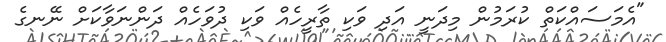
"އެމަސައްކަތް ކުރަމުން މިދަނީ އަދި ވަކި ތާރީހެއް ވަކި ދުވަހެއް ދަންނަވާކަށް ނޭނގެ